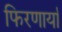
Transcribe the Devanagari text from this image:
फिरणार्या